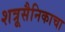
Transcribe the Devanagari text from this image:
शत्रूसैनिकाचा